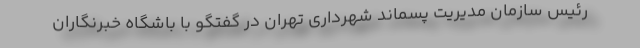
رئیس سازمان مدیریت پسماند شهرداری تهران در گفتگو با باشگاه خبرنگاران